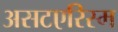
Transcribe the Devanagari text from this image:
असटएरिस्म